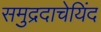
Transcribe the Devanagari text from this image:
समुद्रदाचेयिंद